Plague in India, 1896, 1897 - Volume 3
Year: 1896
Disease focus: Plague
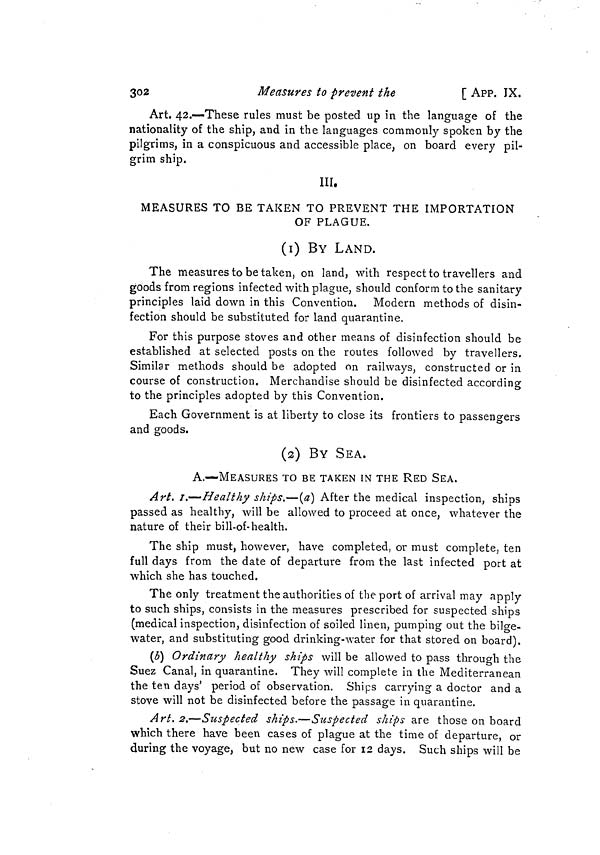
302
Measures to prevent the
[ APP. IX.
Art. 42.—These rules must be posted up in the language of the
nationality of the ship, and in the languages commonly spoken by the
pilgrims, in a conspicuous and accessible place, on board every pil-
grim ship.
III.
MEASURES TO BE TAKEN TO PREVENT THE IMPORTATION
OF PLAGUE.
(1) BY LAND.
The measures to be taken, on land, with respect to travellers and
goods from regions infected with plague, should conform to the sanitary
principles laid down in this Convention. Modern methods of disin-
fection should be substituted for land quarantine.
For this purpose stoves and other means of disinfection should be
established at selected posts on the routes followed by travellers.
Similar methods should be adopted on railways, constructed or in
course of construction. Merchandise should be disinfected according
to the principles adopted by this Convention.
Each Government is at liberty to close its frontiers to passengers
and goods.
(2) BY SEA.
A.—MEASURES TO BE TAKEN IN THE RED SEA.
Are. 1.—-Healthy ships.—(a] After the medical inspection, ships
passed as healthy, will be allowed to proceed at once, whatever the
nature of their bill-of-health.
The ship must, however, have completed, or must complete, ten
full days from the date of departure from the last infected port at
which she has touched.
The only treatment the authorities of the port of arrival may apply
to such ships, consists in the measures prescribed for suspected ships
(medical inspection, disinfection of soiled linen, pumping out the bilge-
water, and substituting good drinking-water for that stored on board).
(b) Ordinary healthy ships will be allowed to pass through the
Suez Canal, in quarantine. They will complete in the Mediterranean
the ten days' period of observation. Ships carrying a doctor and a
stove will not be disinfected before the passage in quarantine.
Art. 2.—Suspected ships,—Suspected ships are those on board
which there have been cases of plague at the time of departure, or
during the voyage, but no new case for 12 days. Such ships will be